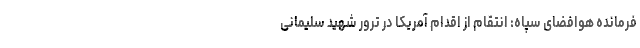
فرمانده هوافضای سپاه: انتقام از اقدام آمریکا در ترور شهید سلیمانی